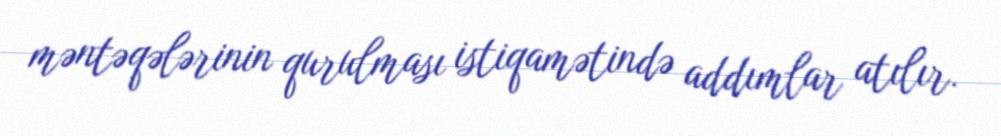
məntəqələrinin qurulması istiqamətində addımlar atılır.